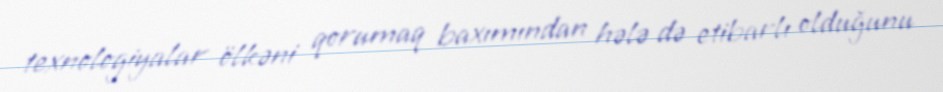
texnologiyalar ölkəni qorumaq baxımından hələ də etibarlı olduğunu